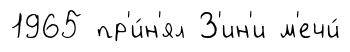
1965 пр'и́н'ял З'ин'и м'ечи́